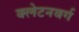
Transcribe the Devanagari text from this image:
क्लेटनबर्ग